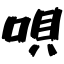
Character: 唄